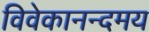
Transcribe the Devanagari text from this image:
विवेकानन्दमय